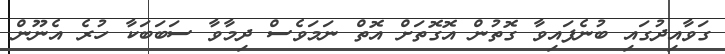
ގަވާއިދުގައި ބުނެފައިވާ ގޮތުން އޮގޮތަށް އޮތް ނަމަވެސް ދިމާވާ ސަބަބަކާ ހުރެ އެނޫން